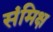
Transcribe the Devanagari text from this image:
संमिक्ष